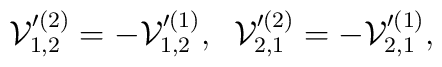
{\cal V}_{1,2}'^{(2)} =-{\cal V}_{1,2}'^{(1)},\;\;{\cal V}_{2,1}'^{(2)} =-{\cal V}_{2,1}'^{(1)},